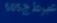
غيررجل